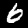
Label: 6